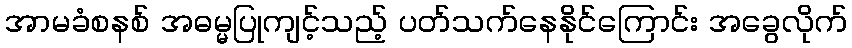
အာမခံစနစ် အဓမ္မပြုကျင့်သည့် ပတ်သက်နေနိုင်ကြောင်း အခွေလိုက်